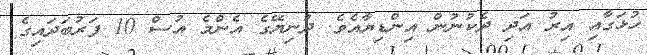
ހުޅަގާއި އިރު އަދި ދެކުނުން އިންޑިޔާއެވެ. ދުނިޔޭގެ އެންމެ އުސް 10 ފަރުބަދައިގެ